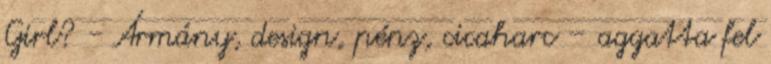
Girl? - Ármány, design, pénz, cicaharc – aggatta fel